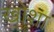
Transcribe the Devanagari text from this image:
खोशा